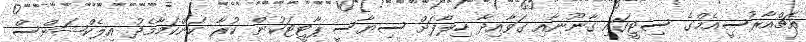
އެޗްއާރުސީއެމްގެ ސިޓީގައި ގާނޫނާއި ގަވާއިދާ ހިލާފަށް ސިޔާސީ ޕާޓީޓަކުން ކުރާ ކަންކަމާމެދު އިލެކްޝަންސް